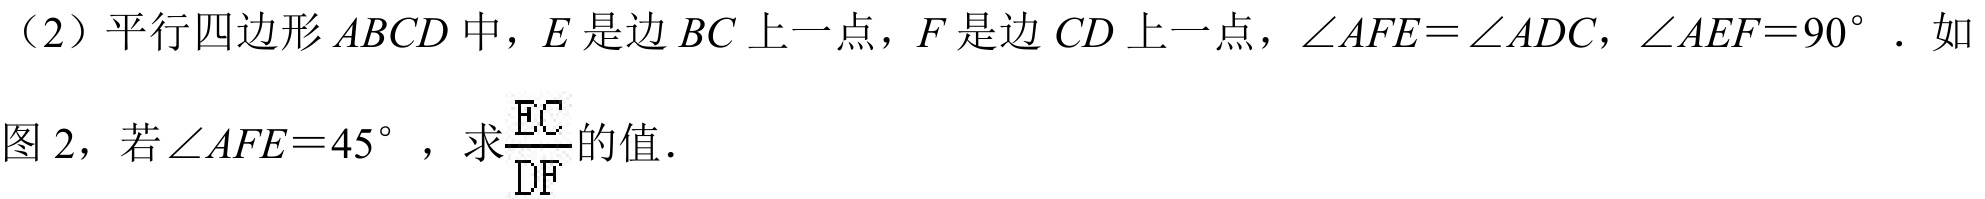
（2）平行四边形$ABCD$中，$E$是边$BC$上一点，$F$是边$CD$上一点，$\angle AFE=\angle ADC$，$\angle AEF = 90^{\circ}$．如图2，若$\angle AFE = 45^{\circ}$，求$\frac{EC}{DF}$的值．